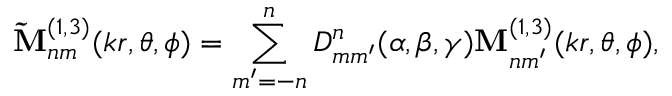
\mathbf { \widetilde { M } } _ { n m } ^ { ( 1 , 3 ) } ( k r , \theta , \phi ) = \sum _ { m ^ { \prime } = - n } ^ { n } D _ { m m ^ { \prime } } ^ { n } ( \alpha , \beta , \gamma ) \mathbf { M } _ { n m ^ { \prime } } ^ { ( 1 , 3 ) } ( k r , \theta , \phi ) ,